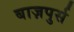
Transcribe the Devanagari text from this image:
बाज़पुर्स